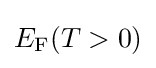
E_{\rm {F}}(T>0)